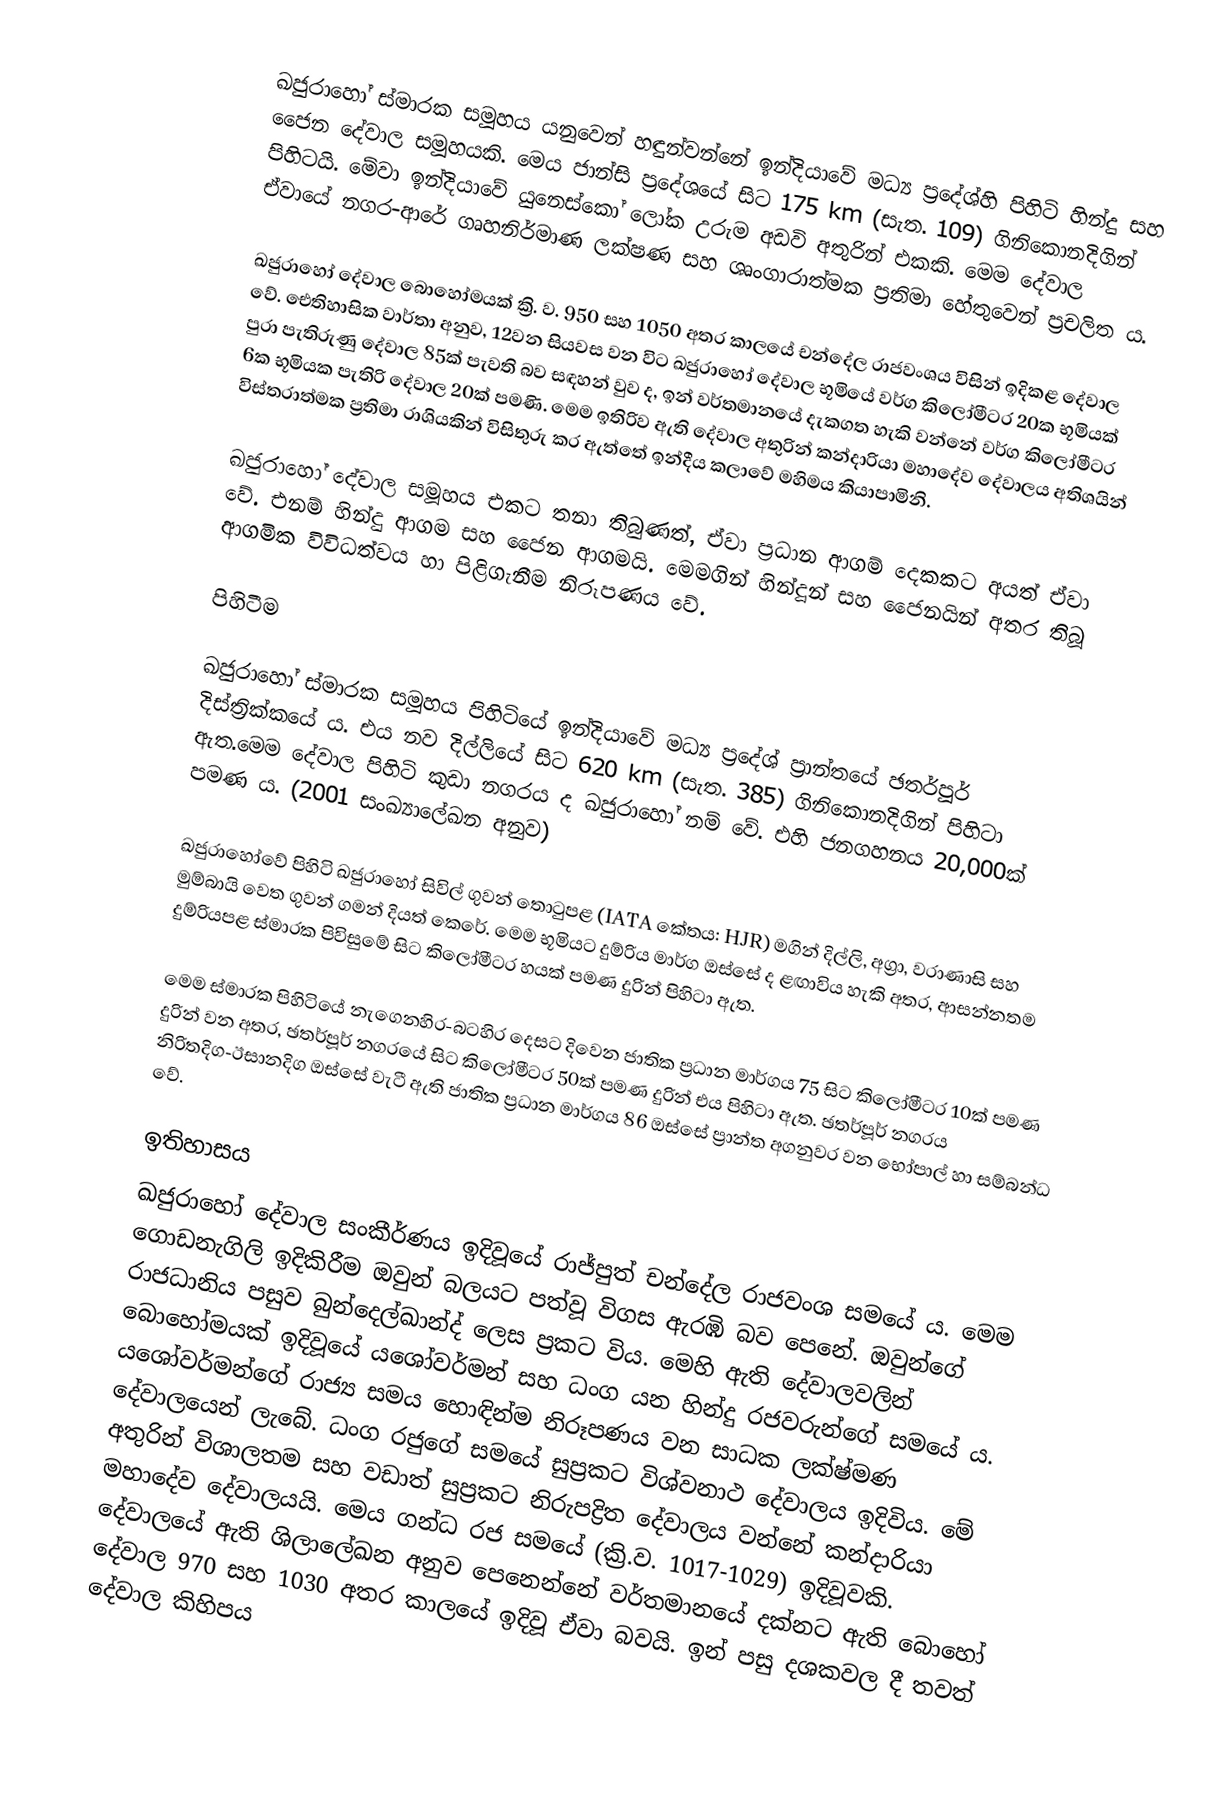
ඛජුරාහෝ ස්මාරක සමූහය යනුවෙන් හඳුන්වන්නේ ඉන්දියාවේ මධ්‍ය ප්‍රදේශ්හි පිහිටි හින්දු සහ ජෛන දේවාල සමූහයකි. මෙය ජාන්සි ප්‍රදේශයේ සිට 175 km (සැත. 109) ගිනිකොනදිගින් පිහිටයි. මේවා ඉන්දියාවේ යුනෙස්කෝ ලෝක උරුම අඩවි අතුරින් එකකි. මෙම දේවාල ඒවායේ නගර-ආරේ ගෘහනිර්මාණ ලක්ෂණ සහ ශෘංගාරාත්මක ප්‍රතිමා හේතුවෙන් ප්‍රචලිත ය.

ඛජුරාහෝ දේවාල බොහෝමයක් ක්‍රි. ව. 950 සහ 1050 අතර කාලයේ චන්දේල රාජවංශය විසින් ඉදිකළ දේවාල වේ. ඓතිහාසික වාර්තා අනුව, 12වන සියවස වන විට ඛජුරාහෝ දේවාල භූමියේ වර්ග කිලෝමීටර 20ක භූමියක් පුරා පැතිරුණු දේවාල 85ක් පැවති බව සඳහන් වුව ද, ඉන් වර්තමානයේ දැකගත හැකි වන්නේ  වර්ග කිලෝමීටර 6ක භූමියක පැතිරි දේවාල 20ක් පමණි. මෙම ඉතිරිව ඇති දේවාල අතුරින් කන්දාරියා මහාදේව දේවාලය අතිශයින් විස්තරාත්මක ප්‍රතිමා රාශියකින් විසිතුරු කර ඇත්තේ ඉන්දීය කලාවේ මහිමය කියාපාමිනි.

ඛජුරාහෝ දේවාල සමූහය එකට තනා තිබුණත්, ඒවා ප්‍රධාන ආගම් දෙකකට අයත් ඒවා වේ. එනම් හින්දු ආගම සහ ජෛන ආගමයි. මෙමගින් හින්දූන් සහ ජෛනයින් අතර තිබූ ආගමික විවිධත්වය හා පිළිගැනීම නිරූපණය වේ.

පිහිටීම

ඛජුරාහෝ ස්මාරක සමූහය පිහිටියේ ඉන්දියාවේ මධ්‍ය ප්‍රදේශ් ප්‍රාන්තයේ ඡතර්පූර් දිස්ත්‍රික්කයේ ය. එය නව දිල්ලියේ සිට 620 km (සැත. 385) ගිනිකොනදිගින්  පිහිටා ඇත.මෙම දේවාල පිහිටි කුඩා නගරය ද ඛජුරාහෝ නම් වේ. එහි ජනගහනය 20,000ක් පමණ ය. (2001 සංඛ්‍යාලේඛන අනුව)

ඛජුරාහෝවේ පිහිටි ඛජුරාහෝ සිවිල් ගුවන් තොටුපළ (IATA කේතය: HJR) මගින් දිල්ලි, අග්‍රා, වරාණාසි සහ මුම්බායි වෙත ගුවන් ගමන් දියත් කෙරේ. මෙම භූමියට දුම්රිය මාර්ග ඔස්සේ ද ළඟාවිය හැකි අතර, ආසන්නතම දුම්රියපළ ස්මාරක පිවිසුමේ සිට කිලෝමීටර හයක් පමණ දුරින් පිහිටා ඇත.

මෙම ස්මාරක පිහිටියේ නැගෙනහිර-බටහිර දෙසට දිවෙන ජාතික ප්‍රධාන මාර්ගය 75 සිට කිලෝමීටර 10ක් පමණ දුරින් වන අතර, ඡතර්පූර් නගරයේ සිට කිලෝමීටර 50ක් පමණ දුරින් එය පිහිටා ඇත. ඡතර්පූර් නගරය නිරිතදිග-ඊසානදිග ඔස්සේ වැටී ඇති ජාතික ප්‍රධාන මාර්ගය 86 ඔස්සේ ප්‍රාන්ත අගනුවර වන භෝපාල් හා සම්බන්ධ වේ.

ඉතිහාසය
ඛජුරාහෝ දේවාල සංකීර්ණය ඉදිවූයේ රාජ්පුත් චන්දේල රාජවංශ සමයේ ය. මෙම ගොඩනැගිලි ඉදිකිරීම ඔවුන් බලයට පත්වූ විගස ඇරඹි බව පෙනේ. ඔවුන්ගේ රාජධානිය පසුව බුන්දෙල්ඛාන්ද් ලෙස ප්‍රකට විය. මෙහි ඇති දේවාලවලින් බොහෝමයක් ඉදිවූයේ යශෝවර්මන් සහ ධංග යන හින්දු රජවරුන්ගේ සමයේ ය. යශෝවර්මන්ගේ රාජ්‍ය සමය හොඳින්ම නිරූපණය වන සාධක ලක්ෂ්මණ දේවාලයෙන් ලැබේ. ධංග රජුගේ සමයේ සුප්‍රකට විශ්වනාථ දේවාලය ඉදිවිය. මේ අතුරින් විශාලතම සහ වඩාත් සුප්‍රකට නිරුපද්‍රිත දේවාලය වන්නේ කන්දාරියා මහාදේව දේවාලයයි. මෙය ගන්ධ රජ සමයේ (ක්‍රි.ව. 1017-1029) ඉදිවූවකි. දේවාලයේ ඇති ශිලාලේඛන අනුව පෙනෙන්නේ වර්තමානයේ දක්නට ඇති බොහෝ දේවාල 970 සහ 1030 අතර කාලයේ ඉදිවූ ඒවා බවයි. ඉන් පසු දශකවල දී තවත් දේවාල කිහිපය